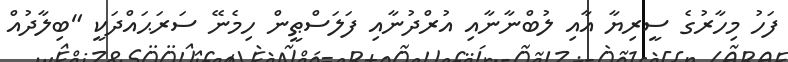
ފަހު މިހާރުގެ ސީރިޔާ އާއި ލުބްނާނާއި އުރްދުނާއި ފަލަސްޠީން ހިމެނޭ ސަރަޙައްދަކީ "ބިލާދުއް